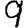
Digit: 9